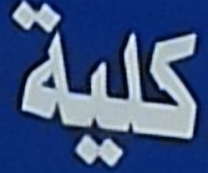
كلية